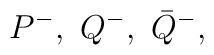
P^-,\,\, Q^-,\,\, \bar{Q}^-,